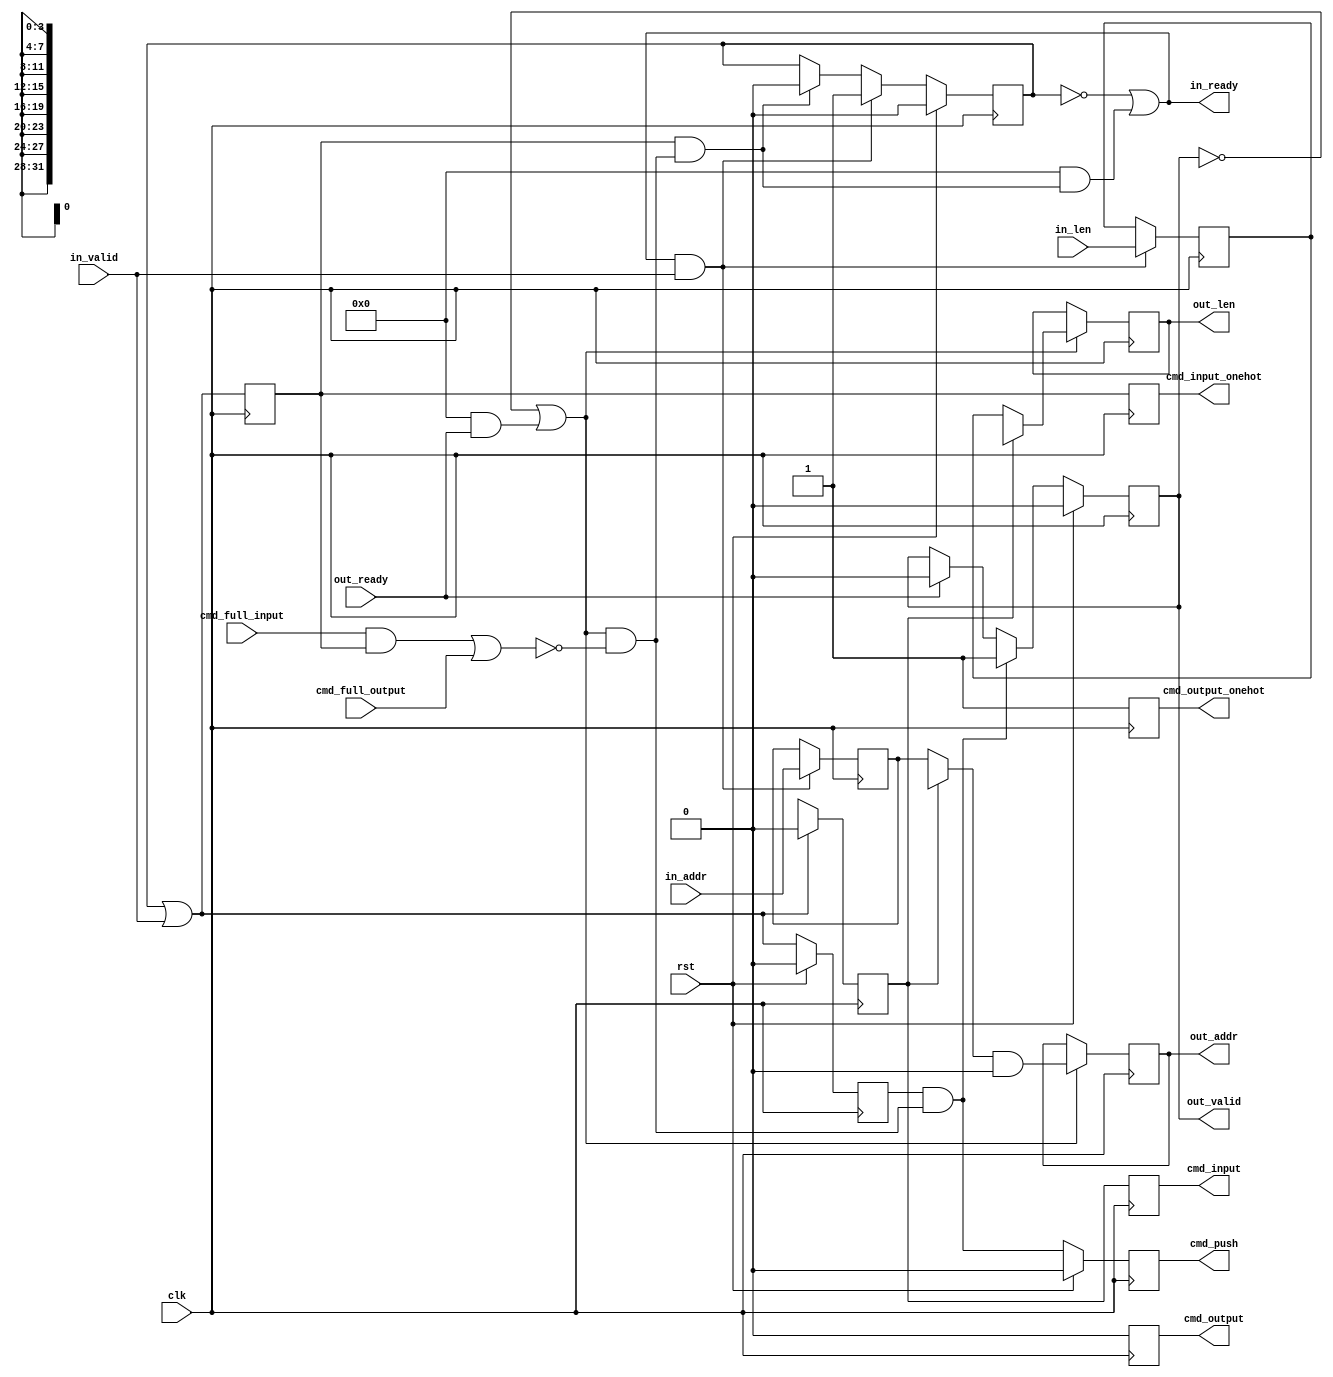

module dlsc_axi_router_command #(
    parameter ADDR              = 32,
    parameter LEN               = 4,
    parameter FAST_COMMAND      = 0,
    parameter INPUTS            = 1,
    parameter INPUTSB           = 1,
    parameter OUTPUTS           = 1,
    parameter OUTPUTSB          = 1,
    parameter [(OUTPUTS*ADDR)-1:0] MASKS = {(OUTPUTS*ADDR){1'b0}},
    parameter [(OUTPUTS*ADDR)-1:0] BASES = {(OUTPUTS*ADDR){1'b0}}
) (
    // System
    input   wire                            clk,
    input   wire                            rst,

    // Command input
    output  wire    [  INPUTS      -1:0]    in_ready,
    input   wire    [  INPUTS      -1:0]    in_valid,
    input   wire    [( INPUTS*ADDR)-1:0]    in_addr,
    input   wire    [( INPUTS*LEN )-1:0]    in_len,
    
    // Command output
    input   wire    [ OUTPUTS      -1:0]    out_ready,
    output  wire    [ OUTPUTS      -1:0]    out_valid,
    output  wire    [(OUTPUTS*ADDR)-1:0]    out_addr,
    output  wire    [(OUTPUTS*LEN )-1:0]    out_len,

    // Command to channels
    input   wire    [ INPUTS       -1:0]    cmd_full_input,
    input   wire    [ OUTPUTS      -1:0]    cmd_full_output,
    output  reg                             cmd_push,
    output  reg     [ INPUTS       -1:0]    cmd_input_onehot,
    output  reg     [ OUTPUTS      -1:0]    cmd_output_onehot,
    output  reg     [ INPUTSB      -1:0]    cmd_input,
    output  reg     [ OUTPUTSB     -1:0]    cmd_output
);

integer                 i;
genvar                  j;


// input buffering

wire    [INPUTS-1:0]    in_buf_ready;
wire    [INPUTS-1:0]    in_buf_valid;
wire    [ADDR-1:0]      in_buf_addr     [INPUTS-1:0];
wire    [LEN-1:0]       in_buf_len      [INPUTS-1:0];

generate
for(j=0;j<INPUTS;j=j+1) begin:GEN_INPUTS

    reg                 valid;
    reg     [ADDR-1:0]  addr;
    reg     [LEN -1:0]  len;

    always @(posedge clk) begin
        if(rst) begin
            valid   <= 1'b0;
        end else begin
            if(in_buf_ready[j]) begin
                valid   <= 1'b0;
            end
            if(in_ready[j] && in_valid[j]) begin
                valid   <= 1'b1;
            end
        end
    end

    always @(posedge clk) begin
        if(in_ready[j] && in_valid[j]) begin
            addr    <= in_addr[(j*ADDR)+:ADDR];
            len     <= in_len [(j*LEN )+:LEN ];
        end
    end

    assign in_ready[j]      = !valid || (FAST_COMMAND && in_buf_ready[j]);

    assign in_buf_valid[j]  = valid || in_valid[j];
    assign in_buf_addr[j]   = addr;
    assign in_buf_len[j]    = len;

end
endgenerate


// arbiter

reg                     arb_out_valid;
reg     [INPUTS-1:0]    arb_out_onehot;
reg     [INPUTSB-1:0]   arb_out;

wire    [INPUTS-1:0]    arb_out_onehot_pre;

generate
if(INPUTS>1) begin:GEN_ARBITER
    dlsc_arbiter #(
        .CLIENTS    ( INPUTS )
    ) dlsc_arbiter_inst (
        .clk        ( clk ),
        .rst        ( rst ),
        .update     ( |in_buf_valid ),
        .in         ( in_buf_valid ),
        .out        ( arb_out_onehot_pre )
    );
end else begin:GEN_NO_ARBITER
    assign arb_out_onehot_pre = in_buf_valid;
end
endgenerate

always @(posedge clk) begin
    if(rst) begin
        arb_out_valid   <= 1'b0;
    end else begin
        arb_out_valid   <= |in_buf_valid;
    end
end

always @(posedge clk) begin
    arb_out_onehot  <= arb_out_onehot_pre;
    arb_out         <= {INPUTSB{1'bx}};
    for(i=0;i<INPUTS;i=i+1) begin
        if(arb_out_onehot_pre[i]) begin
/* verilator lint_off WIDTH */
            arb_out         <= i;
/* verilator lint_on WIDTH */
        end
    end
end

wire    [ADDR-1:0]      arb_addr        = in_buf_addr[arb_out];
wire    [LEN-1:0]       arb_len         = in_buf_len [arb_out];


// decoder

wire    [OUTPUTS-1:0]   dec_out_onehot;
wire    [OUTPUTSB-1:0]  dec_out;

generate
if(OUTPUTS>1) begin:GEN_DECODER
    dlsc_address_decoder #(
        .ADDR           ( ADDR ),
        .RANGES         ( OUTPUTS ),
        .RANGESB        ( OUTPUTSB ),
        .MASKS          ( MASKS ),
        .BASES          ( BASES )
    ) dlsc_address_decoder_inst (
        .addr           ( arb_addr ),
        .match_valid    (  ),
        .match_onehot   ( dec_out_onehot ),
        .match          ( dec_out )
    );
end else begin:GEN_NO_DECODER
    assign dec_out_onehot   = 1'b1;
    assign dec_out          = 1'b0;
end
endgenerate


// command

wire    [OUTPUTS-1:0]   out_buf_ready;

wire                    cmd_full        = |( cmd_full_input & arb_out_onehot ) || |( cmd_full_output & dec_out_onehot );

wire                    cmd_ready       = |( dec_out_onehot & out_buf_ready ) && !cmd_full;

wire                    cmd_push_pre    = arb_out_valid && cmd_ready;

assign                  in_buf_ready    = arb_out_onehot & {INPUTS{cmd_ready}};

always @(posedge clk) begin
    if(rst) begin
        cmd_push    <= 1'b0;
    end else begin
        cmd_push    <= cmd_push_pre;
    end
end

always @(posedge clk) begin
    cmd_input_onehot    <= arb_out_onehot;
    cmd_output_onehot   <= dec_out_onehot;
    cmd_input           <= arb_out;
    cmd_output          <= dec_out;
end


// output buffering

generate
for(j=0;j<OUTPUTS;j=j+1) begin:GEN_OUTPUT_BUFFERS

    reg             valid;
    reg [ADDR-1:0]  addr;
    reg [LEN-1:0]   len;

    assign          out_buf_ready[j]                = !valid || (FAST_COMMAND && out_ready[j]);
    assign          out_valid[j]                    = valid;
    assign          out_addr[ (j*ADDR) +: ADDR ]    = addr;
    assign          out_len [ (j*LEN ) +: LEN  ]    = len;

    always @(posedge clk) begin
        if(rst) begin
            valid   <= 1'b0;
        end else begin
            if(out_ready[j]) begin
                valid   <= 1'b0;
            end
            if(cmd_push_pre && dec_out_onehot[j]) begin
                valid   <= 1'b1;
            end
        end
    end

    always @(posedge clk) begin
        // optimistically update (cut timing path through cmd_push_pre)
        if(out_buf_ready[j] && dec_out_onehot[j]) begin
            addr    <= arb_addr & MASKS[ (j*ADDR) +: ADDR ];
            len     <= arb_len;
        end
    end

end
endgenerate


endmodule